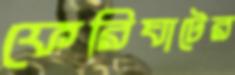
ফেরিঘাটের